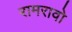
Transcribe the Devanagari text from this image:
रामरावो